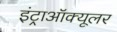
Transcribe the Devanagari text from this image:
इंट्राऑक्यूलर